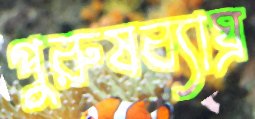
পুরুষব্যাঘ্র